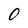
Character: O